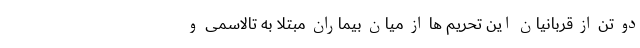
دو تن از قربانیان این تحریم ها از میان بیماران مبتلا به تالاسمی و